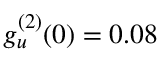
g _ { u } ^ { ( 2 ) } ( 0 ) = 0 . 0 8